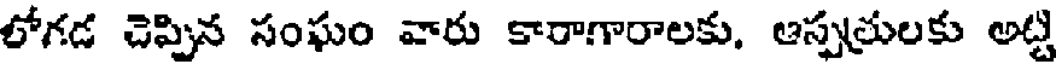
లోగడ చెప్పిన సంఘం వారు కారాగారాలకు, ఆస్పత్రులకు అట్టి